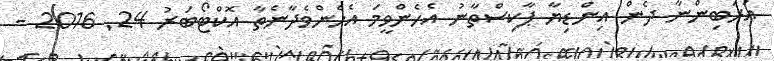
އަރަބިންނާ ދެން އިންޑިޔާ ޕާކިސްތާނު އެހެންވީމަ އެހެންވެދާނެތާ އޮކްޓޯބަރު 24